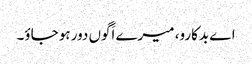
اے بدکارو، میرے اَگوں دور ہو جاؤ۔